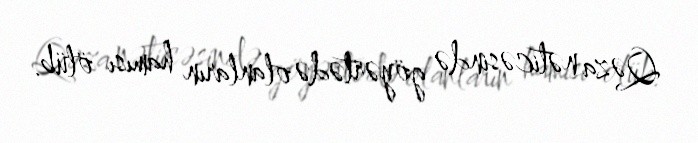
Qəza nəticəsində göyərtədə olanların hamısı ölüb.